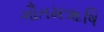
ગૌતમૠષિ